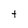
Character: t